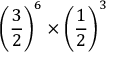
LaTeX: \left( { \frac { 3 } { 2 } } \right) ^ { 6 } \times \left( { \frac { 1 } { 2 } } \right) ^ { 3 }